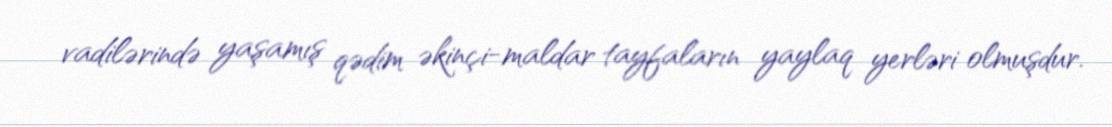
vadilərində yaşamış qədim əkinçi-maldar tayfaların yaylaq yerləri olmuşdur.